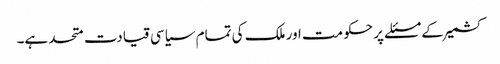
کشمیر کے مسئلے پر حکومت اور ملک کی تمام سیاسی قیادت متحد ہے۔